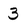
Character: 3